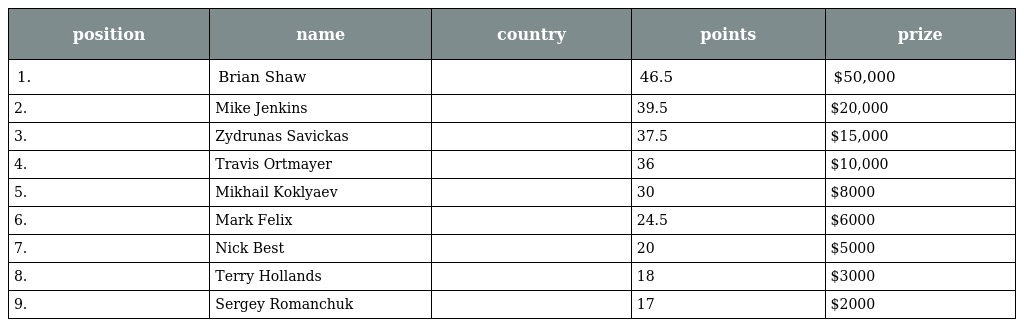
| position | name | country | points | prize |
 | --- | --- | --- | --- | --- |
 | 1. | Brian Shaw |  | 46.5 | $50,000 |
 | 2. | Mike Jenkins |  | 39.5 | $20,000 |
 | 3. | Zydrunas Savickas |  | 37.5 | $15,000 |
 | 4. | Travis Ortmayer |  | 36 | $10,000 |
 | 5. | Mikhail Koklyaev |  | 30 | $8000 |
 | 6. | Mark Felix |  | 24.5 | $6000 |
 | 7. | Nick Best |  | 20 | $5000 |
 | 8. | Terry Hollands |  | 18 | $3000 |
 | 9. | Sergey Romanchuk |  | 17 | $2000 |